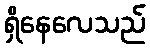
ရှိနေလေသည်